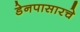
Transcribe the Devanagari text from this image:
डेनपासारचे